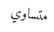
متساوي